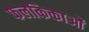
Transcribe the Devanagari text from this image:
फलकिकाओं